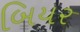
બિયર